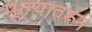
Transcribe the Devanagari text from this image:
मूल्यावरून